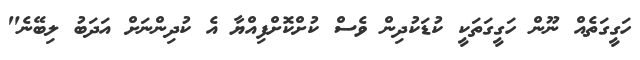
ހަގީގަތެއް ނޫން ހަގީގަތަކީ ކުޑަކުދިން ވެސް ކުށްކޮށްފިއްޔާ އެ ކުދިންނަށް އަދަބު ލިބޭނެ"